Sketch of the medical history of the native army of Bombay, for the year
Year: 1872
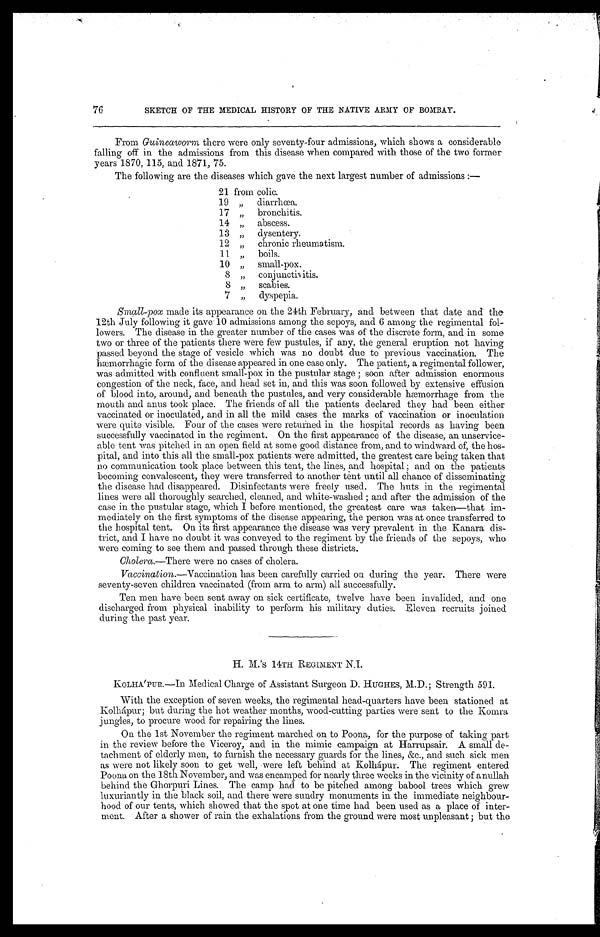
76
SKETCH OF THE MEDICAL HISTORY OF THE NATIVE ARMY OF BOMBAY.
From Guineaworm there were only seventy-four admissions, which shows a considerable
falling off in the admissions from this disease when compared with those of the two former
years 1870, 115, and 1871, 75.
The following are the diseases which gave the next largest number of admissions :—
21 from colic.
1 9 , , d i a r r h œ a .
17 „ bronchitis.
1 4 , , a b s c e s s .
13 ,, dysentery.
12 ,, chronic rheumatism.
11 ,, boils.
10 „ small-pox.
8 „ conjunctivitis.
8 „ scabies.
7 ,, dyspepsia.
Small-pox made its appearance on the 24th February, and between that date and the
12th July following it gave 10 admissions among the sepoys, and 6 among the regimental fol-
lowers. The disease in the greater number of the cases was of the discrete form, and in some
two or three of the patients there were few pustules, if any, the general eruption not having
passed beyond the stage of vesicle which was no doubt due to previous vaccination. The
hæmorrhagic form of the disease appeared in one case only. The patient, a regimental follower,
was admitted with confluent small-pox in the pustular stage ; soon after admission enormous
congestion of the neck, face, and head set in, and this was soon followed by extensive effusion
of blood into, around, and beneath the pustules, and very considerable hæmorrhage from the
mouth and anus took place. The friends of all the patients declared they had been either
vaccinated or inoculated, and in all the mild cases the marks of vaccination or inoculation
were quite visible. Four of the cases were returned in the hospital records as having been
successfully vaccinated in the regiment. On the first appearance of the disease, an unservice-
able tent was pitched in an open field at some good distance from, and to windward of, the hos-
pital, and into this all the small-pox patients were admitted, the greatest care being taken that
no communication took place between this tent, the lines, and hospital ; and on the patients
becoming convalescent, they were transferred to another tent until all chance of disseminating
the disease had disappeared. Disinfectants were freely used. The huts in the regimental
lines were all thoroughly searched, cleaned, and white-washed ; and after the admission of the
case in the pustular stage, which I before mentioned, the greatest care was taken—that im-
mediately on the first symptoms of the disease appearing,, the person was at once transferred to
the hospital tent. On its first appearance the disease was very prevalent in the Kanara dis-
trict, and I have no doubt it was conveyed to the regiment by the friends of the sepoys, who
were coming to see them and passed through these districts.
Cholera.
—There were no cases of cholera.
Vaccination.—Vaccination has been carefully carried on during the year. There were
seventy-seven children vaccinated (from arm to arm) all successfully.
Ten men have been sent away on sick certificate, twelve have been invalided, and one
discharged from physical inability to perform his military duties. Eleven recruits joined
during the past year.
H. M.'s 14TH REGIMENT N.I.
KOLHA'PUR.—In Medical Charge of Assistant Surgeon D. HUGHES, M.D.; Strength 591.
With the exception of seven weeks, the regimental head-quarters have been stationed at
Kolhápur; but during the hot weather months, wood-cutting parties were sent to the Komra
jungles, to procure wood for repairing the lines.
On the 1st November the regiment marched on to Poona, for the purpose of taking part
in the review before the Viceroy, and in the mimic campaign at Harrupsair. A small de-
tachment of elderly men, to furnish the necessary guards for the lines, &c., and such sick men
as were not likely soon to get well, were left behind at Kolhápur. The regiment entered
Poona on the 18th November, and was encamped for nearly three weeks in the vicinity of anullah
behind the Ghorpuri Lines. The camp had to be pitched among babool trees which grew
luxuriantly in the black soil, and there were sundry monuments in the immediate neighbour-
hood of our tents, which showed that the spot at one time had been used as a place of inter-
ment. After a shower of rain the exhalations from the ground were most unpleasant ; but the